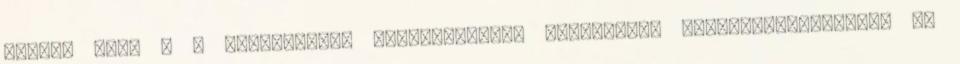
eleget tett a 3 bekezdésben meghatározott értesítési kötelezettségének. Ha